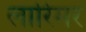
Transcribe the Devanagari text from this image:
लारिमर